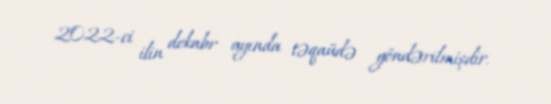
2022-ci ilin dekabr ayında təqaüdə göndərilmişdir.